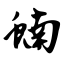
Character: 蝻